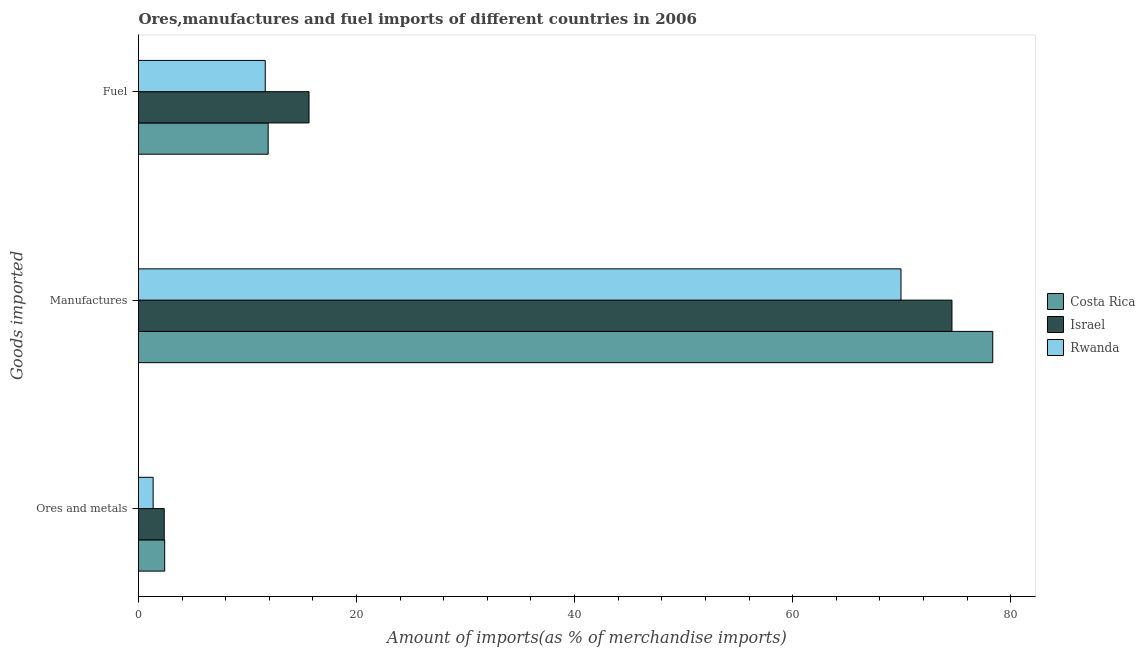
| Goods imported | Costa Rica | Israel | Rwanda |
 | --- | --- | --- | --- |
 | Ores and metals | 2.4 | 2.36 | 1.34 |
 | Manufactures | 78.4 | 74.6 | 69.9 |
 | Fuel | 11.9 | 15.6 | 11.6 |